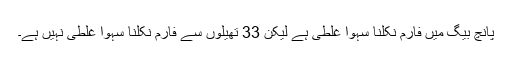
پانچ بیگ میں فارم نکلنا سہواً غلطی ہے لیکن 33 تھیلوں سے فارم نکلنا سہواً غلطی نہیں ہے۔